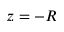
z = - R